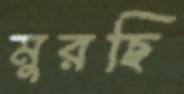
মুরছি